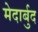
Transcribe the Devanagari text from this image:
मेदार्बुद